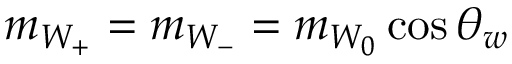
m _ { W _ { + } } = m _ { W _ { - } } = m _ { W _ { 0 } } \cos { \theta _ { w } }